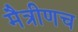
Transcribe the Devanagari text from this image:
मैत्रीणच